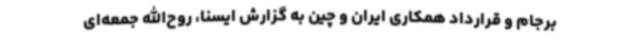
برجام و قرارداد همکاری ایران و چین به گزارش ایسنا، روح‌الله جمعه‌ای